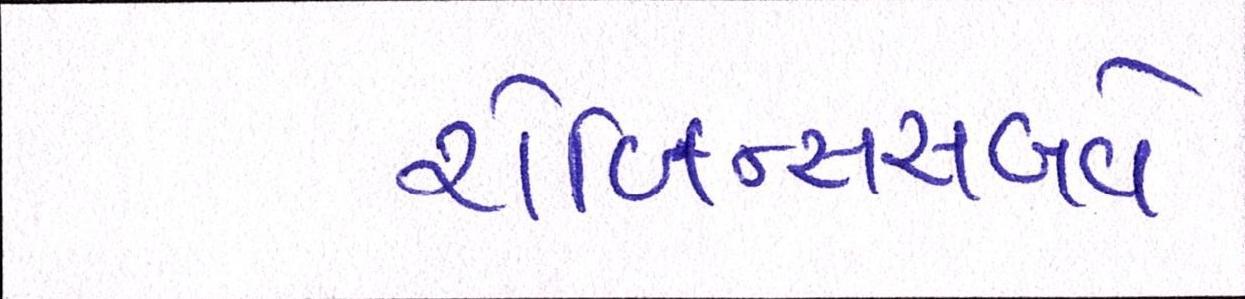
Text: રોબિન્સસબવે